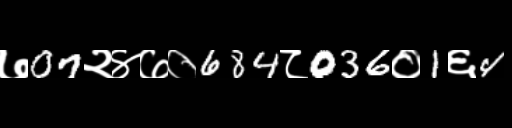
Text: ७07२४७०684८036०1६4